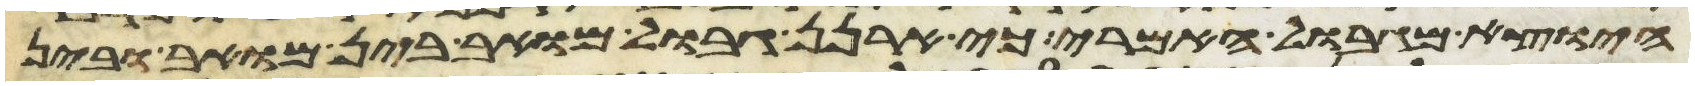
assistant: היוצא מגבול האמרי כי ארנן גבול מואב בין מואב ובין